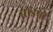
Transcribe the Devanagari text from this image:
ताइपी